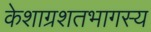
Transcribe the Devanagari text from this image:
केशाग्रशतभागस्य